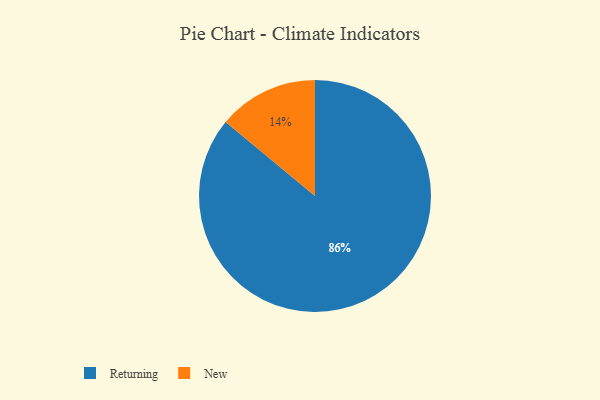
{"axis": {"x": "Category", "y": "Percentage"}, "legend": ["New", "Returning"], "data": [{"x": "Returning", "y": 86, "type": "Returning"}, {"x": "New", "y": 14, "type": "New"}]}